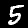
Digit: 5